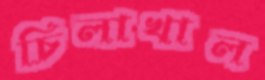
চিলাখাল